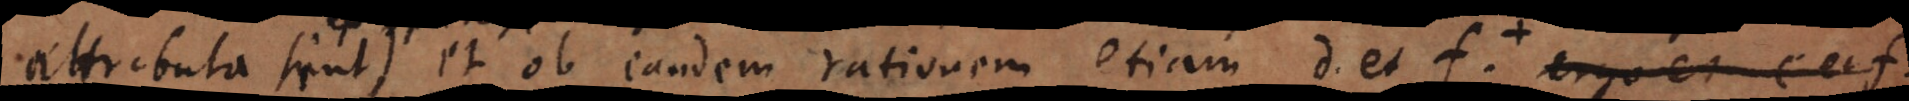
attributa sunt)); et ob eandem rationem etiam d et f (cum etiam ex